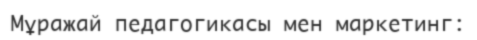
Мұражай педагогикасы мен маркетинг: